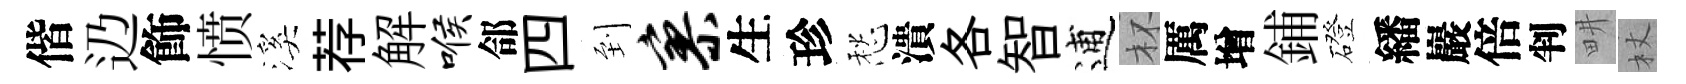
偕辸飾愤溪荐解喉郃四到寥生珍愁潰各智逋杯厲增鋪磴繙巖倍判畊杖